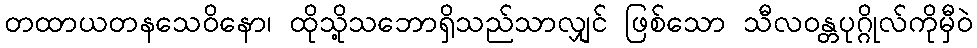
တထာယတနသေဝိနော၊ ထိုသို့သဘောရှိသည်သာလျှင် ဖြစ်သော သီလဝန္တပုဂ္ဂိုလ်ကိုမှီဝဲ